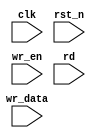
module sync_fifo # (
    parameter DATA_WIDTH = 8,
    parameter FIFO_DEPTH = 8,
    parameter ADDR_WIDH  = 3
)(
    input clk,
    input rst_n,
    input wr_en,
    input [DATA_WIDTH-1:0] wr_data,
    input rd
);
    
endmodule